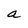
Character: a